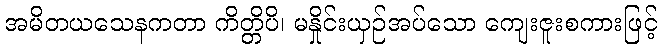
အမိတယသေနကတာ ကိတ္တိပိ၊ မနှိုင်းယှဉ်အပ်သော ကျေးဇူးစကားဖြင့်